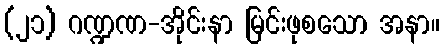
(၂၁) ဂဏ္ဍဏ-အိုင်းနာ မြင်းဖုစသော အနာ။